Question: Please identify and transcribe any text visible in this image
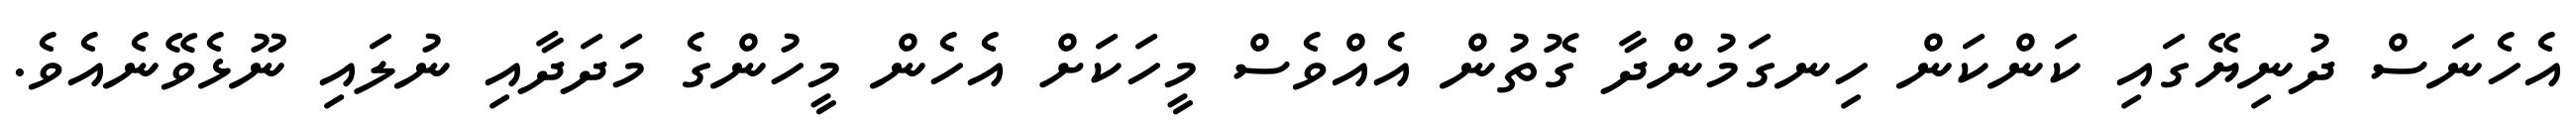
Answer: އެހެނަސް ދުނިޔޭގައި ކަންކަން ހިނގަމުންދާ ގޮތުން އެއްވެސް މީހަކަށް އެހެން މީހުންގެ މަދަދާއި ނުލައި ނޫޅެވޭނެއެވެ.